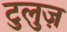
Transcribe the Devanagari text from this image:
टुलुज़